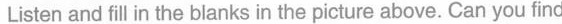
1 b Listen and fill in the blanks in the picture above.Can you find